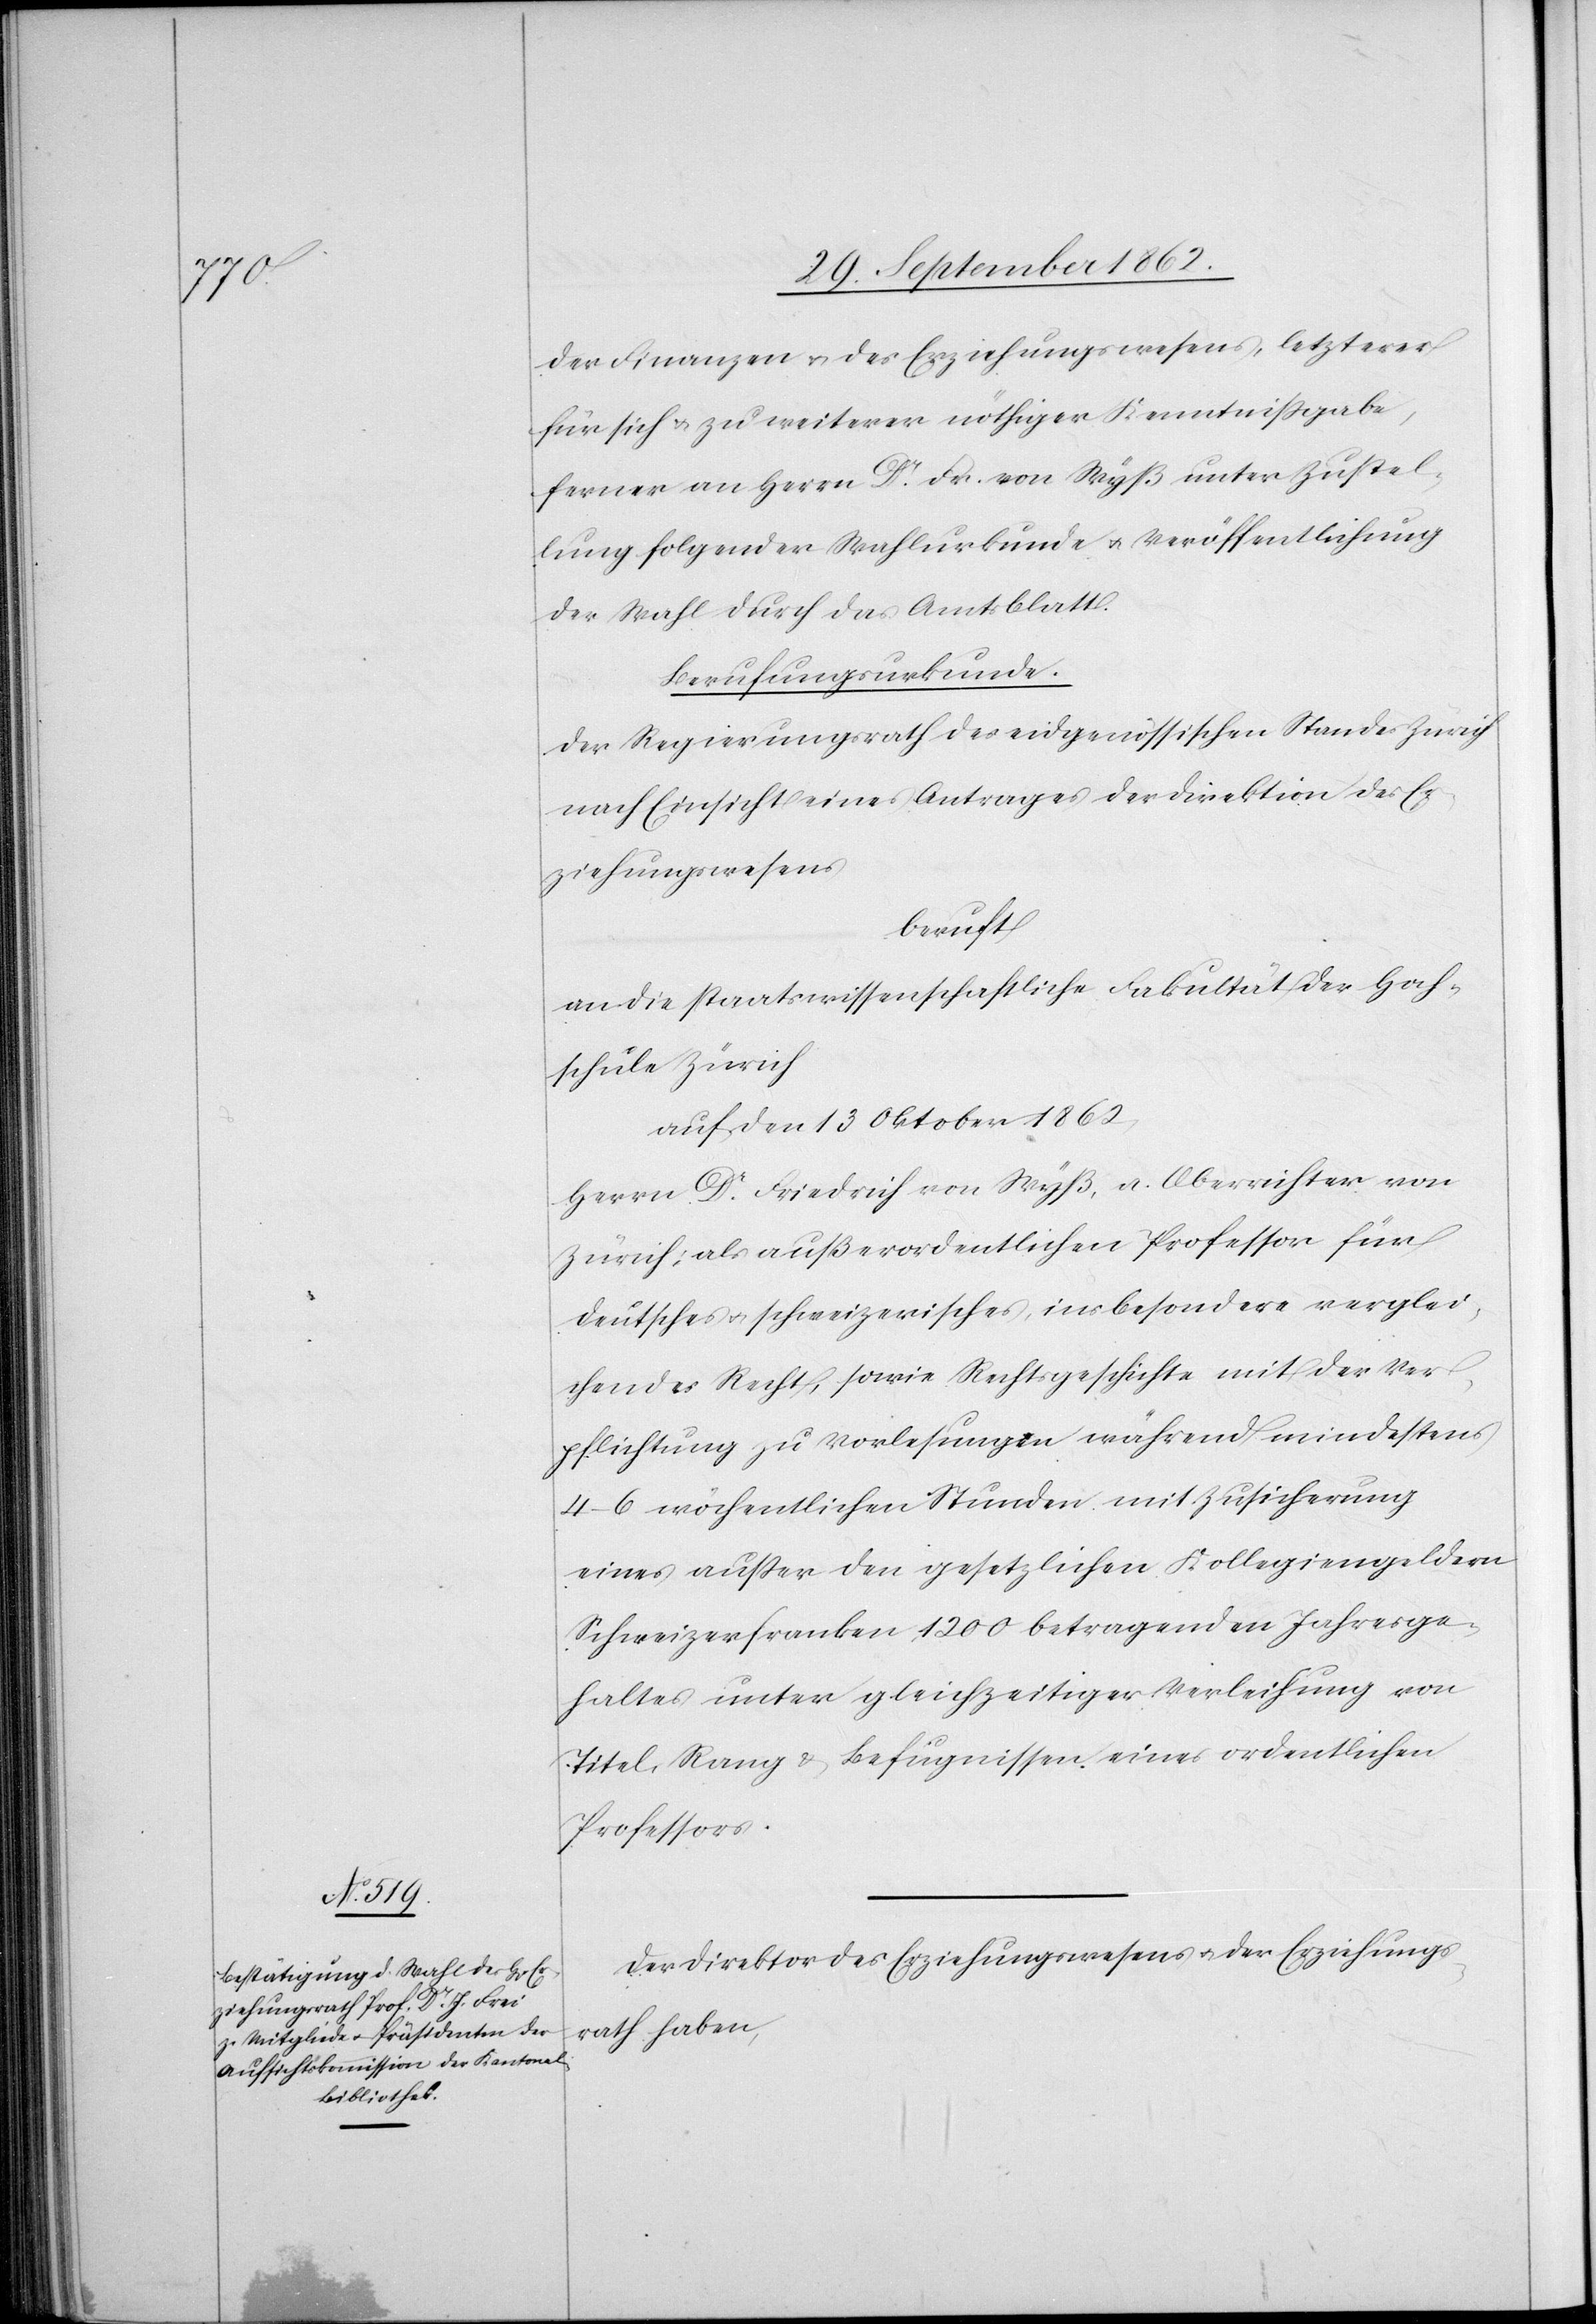
der Finanzen u. des Erziehungswesens, letzterer
für sich u. zu weiterer nöthiger Kenntnißgabe,
ferner an Herrn Dr. Fr. von Wyß unter Zustel¬
lung folgender Wahlurkunde u. Veröffentlichung
der Wahl durch das Amtsblatt.
Berufungsurkunde.
Der Regierungsrath des eidgenössischen Standes Zürich
nach Einsicht eines Antrages der Direktion des Er¬
ziehungswesens
beruft
an die staatswissenschaftliche Fakultät der Hoch¬
schule Zürich
auf den 13. Oktober 1862,
Herrn Dr. Friedrich von Wyß, a. Oberrichter von
Zürich, als außerordentlichen Professor für
deutsches u. schweizerisches, insbesondere verglei¬
chendes Recht, sowie Rechtsgeschichte mit der Ver¬
pflichtung zu Vorlesungen während mindestens
4–6 wöchentlichen Stunden mit Zusicherung
eines außer den gesetzlichen Kollegiengeldern
Schweizerfranken 1,200 betragenden Jahresge¬
haltes unter gleichzeitiger Verleihung von
Titel, Rang u. Befugnissen eines ordentlichen
Professors.
Der Direktor des Erziehungswesens u. der Erziehungs¬
rath haben,